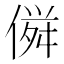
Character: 𠌏